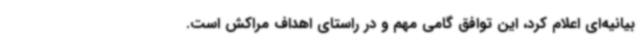
بیانیه‌ای اعلام کرد، این توافق گامی مهم و در راستای اهداف مراکش است.